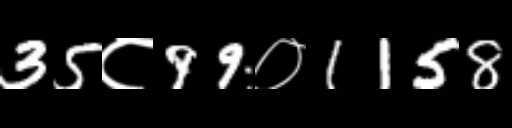
Text: 35८99०1158